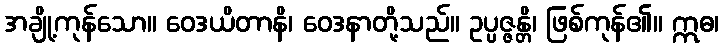
အချို့ကုန်သော။ ဝေဒယိတာနိ၊ ဝေဒနာတို့သည်။ ဥပ္ပဇ္ဇန္တိ၊ ဖြစ်ကုန်၏။ ဣဓ၊